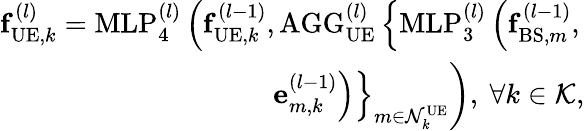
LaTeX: \begin{array}{r}{\mathbf{f}_{\mathrm{UE},k}^{(l)}=\mathrm{MLP}_{4}^{(l)}\left(\mathbf{f}_{\mathrm{UE},k}^{(l-1)},\mathrm{AGG}_{\mathrm{UE}}^{(l)}\left\{ \mathrm{MLP}_{3}^{(l)}\left(\mathbf{f}_{\mathrm{BS},m}^{(l-1)},\right.\right.\right.}\\ {\left.\left.\left.\mathbf{e}_{m,k}^{(l-1)}\right)\right\} _{m\in\mathcal{N}_{k}^{\mathrm{UE}}}\right),~\forall k\in\mathcal{K},}\end{array}